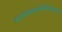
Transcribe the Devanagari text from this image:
नारायणस्वामींविधेयकाच्या